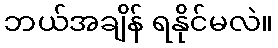
ဘယ်အချိန် ရနိုင်မလဲ။